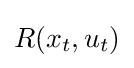
R(x_{t},u_{t})